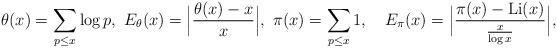
LaTeX: \begin{align*}\theta(x) = \sum_{p\le x} \log p,\ E_{\theta}(x)= \Big|\frac{\theta(x)-x}{x}\Big|,\ \pi(x)= \sum_{p\le x} 1,\ \ \ E_{\pi}(x)= \Big|\frac{\pi(x)-\textrm{Li}(x)}{\frac{x}{\log x}}\Big|,\end{align*}